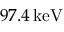
9 7 . 4 \ensuremath { \, \mathrm { k e V } }